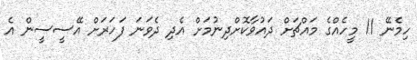
ހިމެނޭ 11 މީހެއްގެ މައްޗަށް ދައުވާކޮށްދިނުމަށް އެދި ދެވަނަ ފަހަރަށް އޭސީސީން އެ